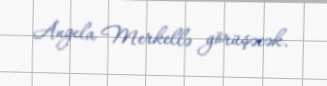
Angela Merkellə görüşəcək.